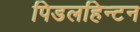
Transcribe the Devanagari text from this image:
पिडलहिन्टन